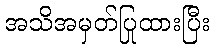
အသိအမှတ်ပြုထားပြီး